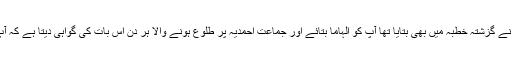
اللہ تعالیٰ نے بعض قرآنی آیات کے حصے جیسا کہ مَیں نے گزشتہ خطبہ میں بھی بتایا تھا آپؑ کو الہاماً بتائے اور جماعت احمدیہ پر طلوع ہونے والا ہر دن اس بات کی گواہی دیتا ہے کہ آپ کے الہامات یقینا سچے اور آپؑ کا دعویٰ یقینا سچا ہے۔